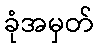
ခုံအမှတ်